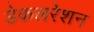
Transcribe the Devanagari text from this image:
डेकलरेशन